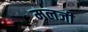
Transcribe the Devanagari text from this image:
मलजी